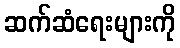
ဆက်ဆံရေးများကို